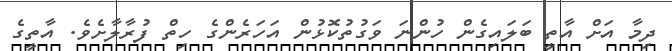
ދިމާ އަށް އާތީ ބަލައިގެން ހުންނަ ވަގުތުކޮޅުން އަހަރެންގެ ހިތް ފުރާލާށެވެ. އާތީގެ